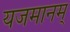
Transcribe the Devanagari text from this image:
यजमानम्‌